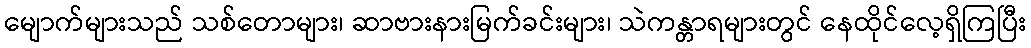
မျောက်များသည် သစ်တောများ၊ ဆာဗားနားမြက်ခင်းများ၊ သဲကန္တာရများတွင် နေထိုင်လေ့ရှိကြပြီး